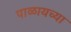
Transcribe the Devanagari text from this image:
पाळायच्या